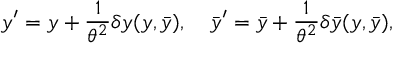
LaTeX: y ^ { \prime } = y + { \frac { 1 } { \theta ^ { 2 } } } \delta y ( y , \bar { y } ) , \quad \bar { y } ^ { \prime } = \bar { y } + { \frac { 1 } { \theta ^ { 2 } } } \delta \bar { y } ( y , \bar { y } ) ,